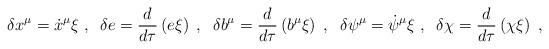
LaTeX: \begin{align*}\delta x^{\mu} = {\dot{x}}^{\mu} \xi\;,\;\;\delta e = \frac{d}{d\tau}\left(e \xi\right)\;,\;\;\delta b^\mu = \frac{d}{d\tau}\left(b^\mu\xi\right)\;,\;\;\delta \psi^\mu = \dot{\psi}^\mu\xi\;,\;\;\delta\chi = \frac{d}{d\tau}\left(\chi\xi\right)\;,\end{align*}